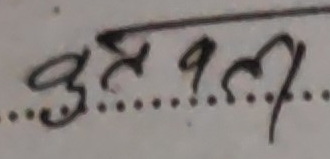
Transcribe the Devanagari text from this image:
उर्तर